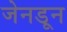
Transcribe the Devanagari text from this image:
जेनडून